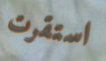
استقرت